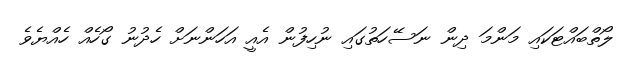
ލޯތްބައްޓަކައި މަންމަ ދިން ނަސޭހަތުގައި ނުހިފުން އެއީ އަހަންނަށް ހެދުނު ގޯހެއް ހެއްޔެވެ